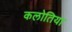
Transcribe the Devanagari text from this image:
कलोतिया